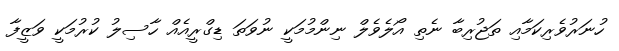
ހުނަރުވެރިކަމާއި ތަޖުރިބާ ނެތި އޯލެވެލް ނިންމުމަކީ ނުވަތަ ޑިގްރީއެއް ހާސިލު ކުރުމަކީ ވަޒީފާ